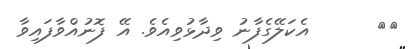
٥٧      އެކަލޭގެފާނު ވިދާޅުވިއެވެ. އޭ ފޮނުއްވާފައިވާ